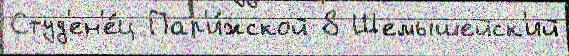
Студ'ен'е́ц Пар'и́жской 8 Шемышейск'ий